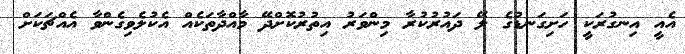
އެއީ އިނގުރަކީ ހަށިގަނޑުގެ ލޭ ދައުރުކުރާ މިންވަރު އިތުރުކޮށްދޭ މާއްދާތަކެއް އެކުލެވިގެންވާ އެއްޗަކަށް